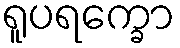
ရူပရက္ခော